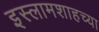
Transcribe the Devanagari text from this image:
इस्लामशाहच्या